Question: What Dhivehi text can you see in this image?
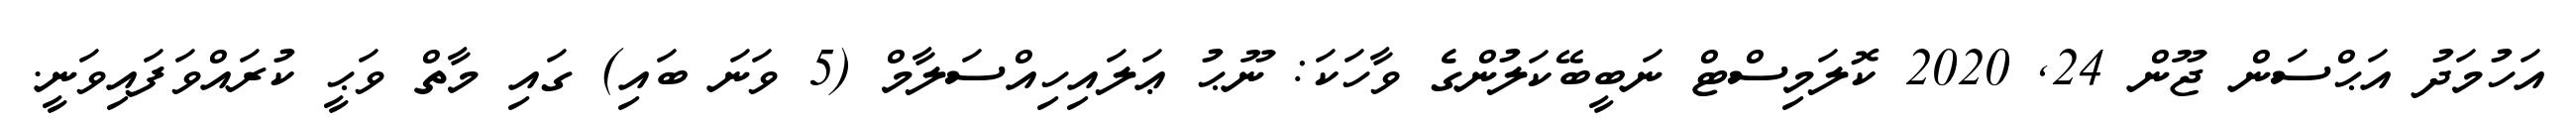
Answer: އަހުމަދު އަޙްސަން ޖޫން 24, 2020 ކޮލަމިސްޓް ނަބީބޭކަލުންގެ ވާހަކަ: ނޫޙު ޢަލައިހިއްސަލާމް (5 ވަނަ ބައި) ގައި މާތް ވަޙީ ކުރައްވަފައިވަނީ.